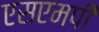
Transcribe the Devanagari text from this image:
एसएमपी